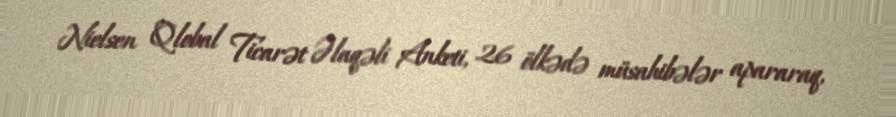
Nielsen Qlobal Ticarət Əlaqəli Anketi, 26 ölkədə müsahibələr apararaq,